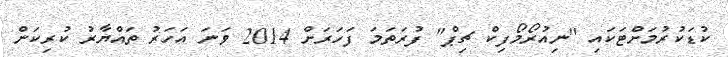
ކުޑަކުރުމަށްޓަކައި "ނިއުރޯމޯފިކް ޗިޕް" ފުރަތަމަ ފަހަރަށް 2014 ވަނަ އަހަރު ތައްޔާރު ކުރިކަން